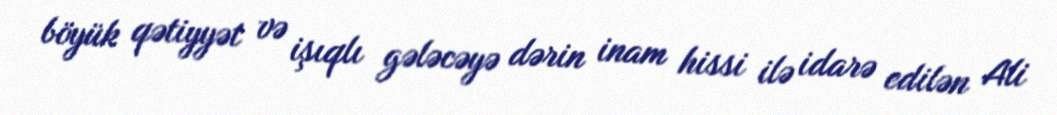
böyük qətiyyət və işıqlı gələcəyə dərin inam hissi ilə idarə edilən Ali